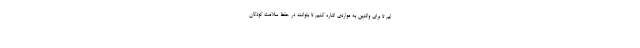
ایم تا برای والدین به مواردی اشاره کنیم تا بتوانند در حفظ سلامت کودکان